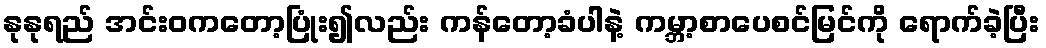
နုနုရည် အင်းဝကတော့ပြုံး၍လည်း ကန်တော့ခံပါနဲ့ ကမ္ဘာ့စာပေစင်မြင်ကို ရောက်ခဲ့ပြီး